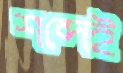
শব্দেই